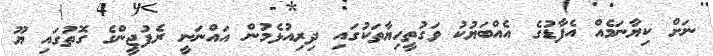
ނަށް ކިޔާނަމެއް އެފާޑުގެ އެއްބަޔުކު ވަގުތީހިޔާތަކުގައި ދިރިއުޅެމުން އައްނަނީ ރެފުޖީންގެ ގޮތުގައި ޔޫ